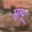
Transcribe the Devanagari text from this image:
म्रृत्यू